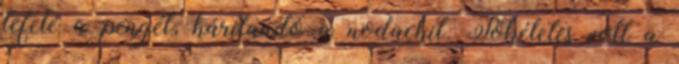
lefelé a pengét, hárítandó a nodachit. Tökéletes volt a